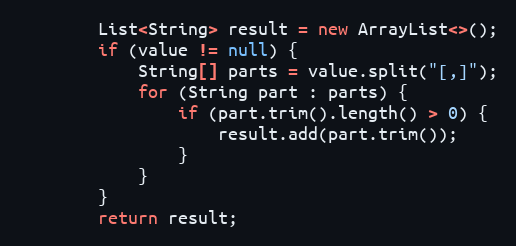
Language: Java
		List<String> result = new ArrayList<>();
		if (value != null) {
			String[] parts = value.split("[,]");
			for (String part : parts) {
				if (part.trim().length() > 0) {
					result.add(part.trim());
				}
			}
		}
		return result;